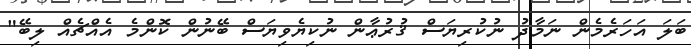
ބަލަ އަހަރެމެން ނަމާދު ނުކުރިޔަސް ޤުރުޢާން ނުކިޔެވިޔަސް ބޭނުން ކޮންމެ އެއްޗެއް ލިބޭ"